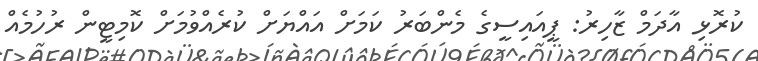
ކުރޮޅި އާދަމް ޒާހިރު: ޕީއައިސީގެ މެންބަރު ކަމަށް އައްޔަށް ކުރެއްވުމަށް ކޮމިޓީން ރުހުމެއް